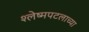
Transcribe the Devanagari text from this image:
श्लेष्मपटलाच्या